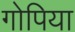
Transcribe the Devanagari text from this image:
गोपिया